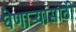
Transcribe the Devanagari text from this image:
घेणाऱ्यांसाठी